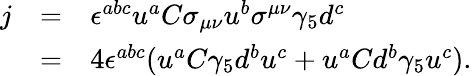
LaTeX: \begin{array}{lll}{{j}}&{{=}}&{{\epsilon^{abc}u^{a}C\sigma_{\mu\nu}u^{b}\sigma^{\mu\nu}\gamma_{5}d^{c}}}\\ {{}}&{{=}}&{{4\epsilon^{abc}(u^{a}C\gamma_{5}d^{b}u^{c}+u^{a}Cd^{b}\gamma_{5}u^{c}).}}\end{array}